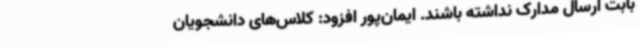
بابت ارسال مدارک نداشته باشند. ایمان‌پور افزود: کلاس‌های دانشجویان